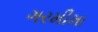
ગરમીમા